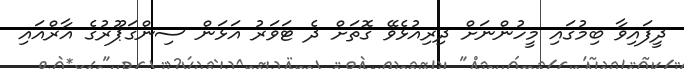
ދީފައިވާ ބިމުގައި މީހުންނަށް ދިރިއުޅެވޭ ގޮތަށް ދެ ޓަވަރު އަޅަން ސިންގަޕޫރުގެ އާރްއައި